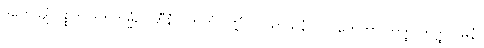
ဒူတေယျံ ဝုစ္စတိ ဒူတကမ္မံ, ဂိဟီနံ ပဟိတံ ပဏ္ဏံ ဝါ သာသနံ ဝါ ဂဟေတွာ တတ္ထ တတ္ထ ဂမနံ။